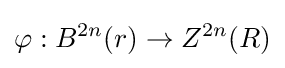
\varphi :B^{2n}(r)\to Z^{2n}(R)